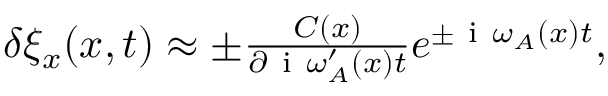
\begin{array} { r } { \delta \xi _ { x } ( x , t ) \approx \pm \frac { C ( x ) } { \partial \mathrm { ~ i ~ } \omega _ { A } ^ { \prime } ( x ) t } e ^ { \pm \mathrm { ~ i ~ } \omega _ { A } ( x ) t } , } \end{array}